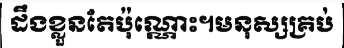
ដឹងខ្លួនតែប៉ុណ្ណោះ។មនុស្សគ្រប់